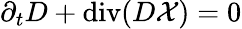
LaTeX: \partial_{t}D+\operatorname{div}(D\mathcal{X})=0